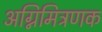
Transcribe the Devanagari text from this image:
अग्निमित्रणक